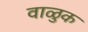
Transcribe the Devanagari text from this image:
वाळुक